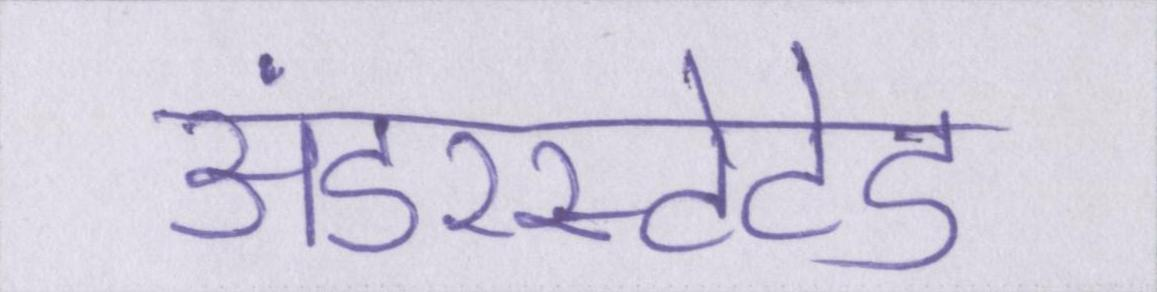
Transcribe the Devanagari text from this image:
अंडरस्टेटेड